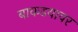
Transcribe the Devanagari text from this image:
बाकडयावर